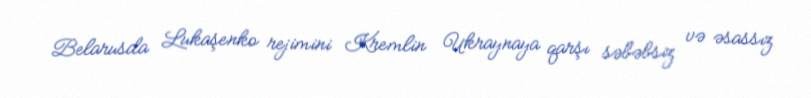
Belarusda Lukaşenko rejimini Kremlin Ukraynaya qarşı səbəbsiz və əsassız